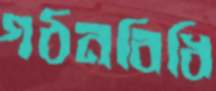
গঠনবিধি